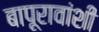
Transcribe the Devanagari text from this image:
बापूरावांशी